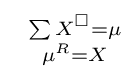
\ {\begin{smallmatrix}\sum X^{\Box }=\mu \\\mu ^{R}=X\end{smallmatrix}}